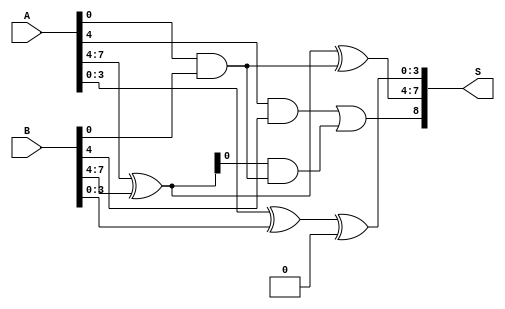
module han_carlson_adder #(
    parameter N = 8 // Total number of bits
) (
    input  [N-1:0] A, // First input
    input  [N-1:0] B, // Second input
    output [N:0] S   // Sum output (N+1 bits)
);

    localparam GROUP_SIZE = 4; // Size of each group
    localparam NUM_GROUPS = N / GROUP_SIZE;

    // Internal signals for carry generation and propagation
    wire [NUM_GROUPS-1:0] G; // Generate signals
    wire [NUM_GROUPS-1:0] P; // Propagate signals
    wire [NUM_GROUPS:0] C;   // Carry signals (C[0] is carry-in)

    // Carry-in for the first group
    assign C[0] = 1'b0; // Assuming carry-in is 0 for the first stage

    // Generate and propagate signals for each group
    genvar i;
    generate
        for (i = 0; i < NUM_GROUPS; i = i + 1) begin : group
            wire [GROUP_SIZE-1:0] A_group = A[i*GROUP_SIZE +: GROUP_SIZE];
            wire [GROUP_SIZE-1:0] B_group = B[i*GROUP_SIZE +: GROUP_SIZE];

            // Generate and propagate for this group
            assign G[i] = A_group & B_group; // Generate
            assign P[i] = A_group ^ B_group; // Propagate

            // Carry for the next group
            if (i > 0) begin
                assign C[i] = G[i-1] | (P[i-1] & C[i-1]);
            end
        end
    endgenerate

    // Calculate the sum for each group
    generate
        for (i = 0; i < NUM_GROUPS; i = i + 1) begin : sum_group
            wire [GROUP_SIZE-1:0] A_group = A[i*GROUP_SIZE +: GROUP_SIZE];
            wire [GROUP_SIZE-1:0] B_group = B[i*GROUP_SIZE +: GROUP_SIZE];

            // Sum for this group
            assign S[i*GROUP_SIZE +: GROUP_SIZE] = A_group ^ B_group ^ C[i];
        end
    endgenerate

    // Final carry-out
    assign S[N] = G[NUM_GROUPS-1] | (P[NUM_GROUPS-1] & C[NUM_GROUPS-1]);

endmodule